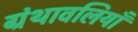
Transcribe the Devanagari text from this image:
ग्रंथावलियाँ